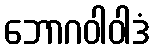
ဘောဂဝါဝါဒံ